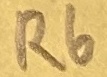
Text: R6